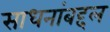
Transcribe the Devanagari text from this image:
साधनांबद्दल